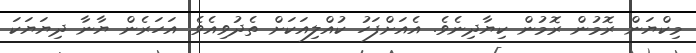
މިކްޔަން ރޮމުން ރޮމުން ކިޔާދިނެވެ. އެއަށްފަހު ކުއްލިއަކަށް ތެދުވިއެވެ. އަހަރެން ޔާނާ ދިޔަޔަކަ